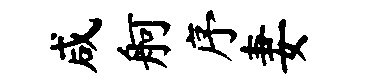
咸舸序妻